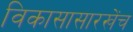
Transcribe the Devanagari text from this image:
विकासासारखेंच